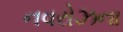
નવરોઝના